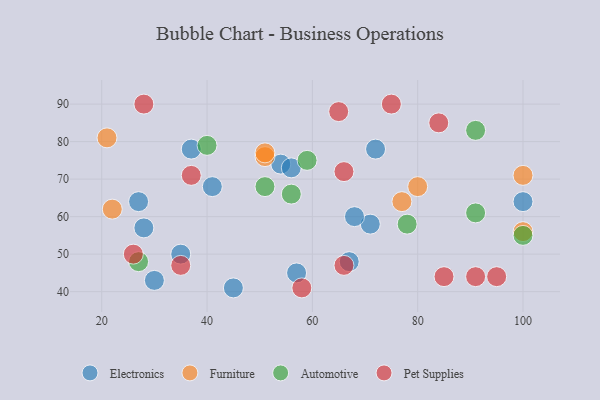
{"axis": {"x": "GDP", "y": "Life Expectancy"}, "legend": ["Automotive", "Electronics", "Furniture", "Pet Supplies"], "data": [{"x": "54", "y": 74, "type": "Electronics"}, {"x": "71", "y": 58, "type": "Electronics"}, {"x": "35", "y": 50, "type": "Electronics"}, {"x": "45", "y": 41, "type": "Electronics"}, {"x": "37", "y": 78, "type": "Electronics"}, {"x": "57", "y": 45, "type": "Electronics"}, {"x": "27", "y": 64, "type": "Electronics"}, {"x": "56", "y": 73, "type": "Electronics"}, {"x": "28", "y": 57, "type": "Electronics"}, {"x": "100", "y": 64, "type": "Electronics"}, {"x": "67", "y": 48, "type": "Electronics"}, {"x": "72", "y": 78, "type": "Electronics"}, {"x": "41", "y": 68, "type": "Electronics"}, {"x": "68", "y": 60, "type": "Electronics"}, {"x": "30", "y": 43, "type": "Electronics"}, {"x": "51", "y": 76, "type": "Furniture"}, {"x": "80", "y": 68, "type": "Furniture"}, {"x": "77", "y": 64, "type": "Furniture"}, {"x": "21", "y": 81, "type": "Furniture"}, {"x": "51", "y": 77, "type": "Furniture"}, {"x": "100", "y": 71, "type": "Furniture"}, {"x": "22", "y": 62, "type": "Furniture"}, {"x": "100", "y": 56, "type": "Furniture"}, {"x": "78", "y": 58, "type": "Automotive"}, {"x": "27", "y": 48, "type": "Automotive"}, {"x": "91", "y": 61, "type": "Automotive"}, {"x": "100", "y": 55, "type": "Automotive"}, {"x": "91", "y": 83, "type": "Automotive"}, {"x": "51", "y": 68, "type": "Automotive"}, {"x": "56", "y": 66, "type": "Automotive"}, {"x": "59", "y": 75, "type": "Automotive"}, {"x": "40", "y": 79, "type": "Automotive"}, {"x": "95", "y": 44, "type": "Pet Supplies"}, {"x": "84", "y": 85, "type": "Pet Supplies"}, {"x": "65", "y": 88, "type": "Pet Supplies"}, {"x": "58", "y": 41, "type": "Pet Supplies"}, {"x": "75", "y": 90, "type": "Pet Supplies"}, {"x": "91", "y": 44, "type": "Pet Supplies"}, {"x": "66", "y": 47, "type": "Pet Supplies"}, {"x": "28", "y": 90, "type": "Pet Supplies"}, {"x": "26", "y": 50, "type": "Pet Supplies"}, {"x": "85", "y": 44, "type": "Pet Supplies"}, {"x": "35", "y": 47, "type": "Pet Supplies"}, {"x": "37", "y": 71, "type": "Pet Supplies"}, {"x": "66", "y": 72, "type": "Pet Supplies"}]}